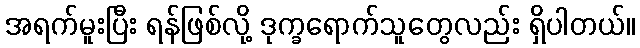
အရက်မူးပြီး ရန်ဖြစ်လို့ ဒုက္ခရောက်သူတွေလည်း ရှိပါတယ်။